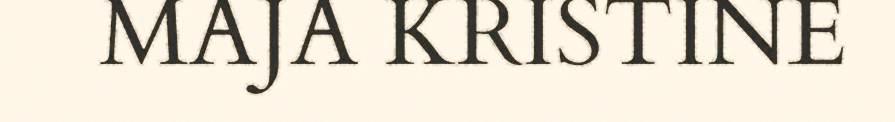
MAJA KRISTINE